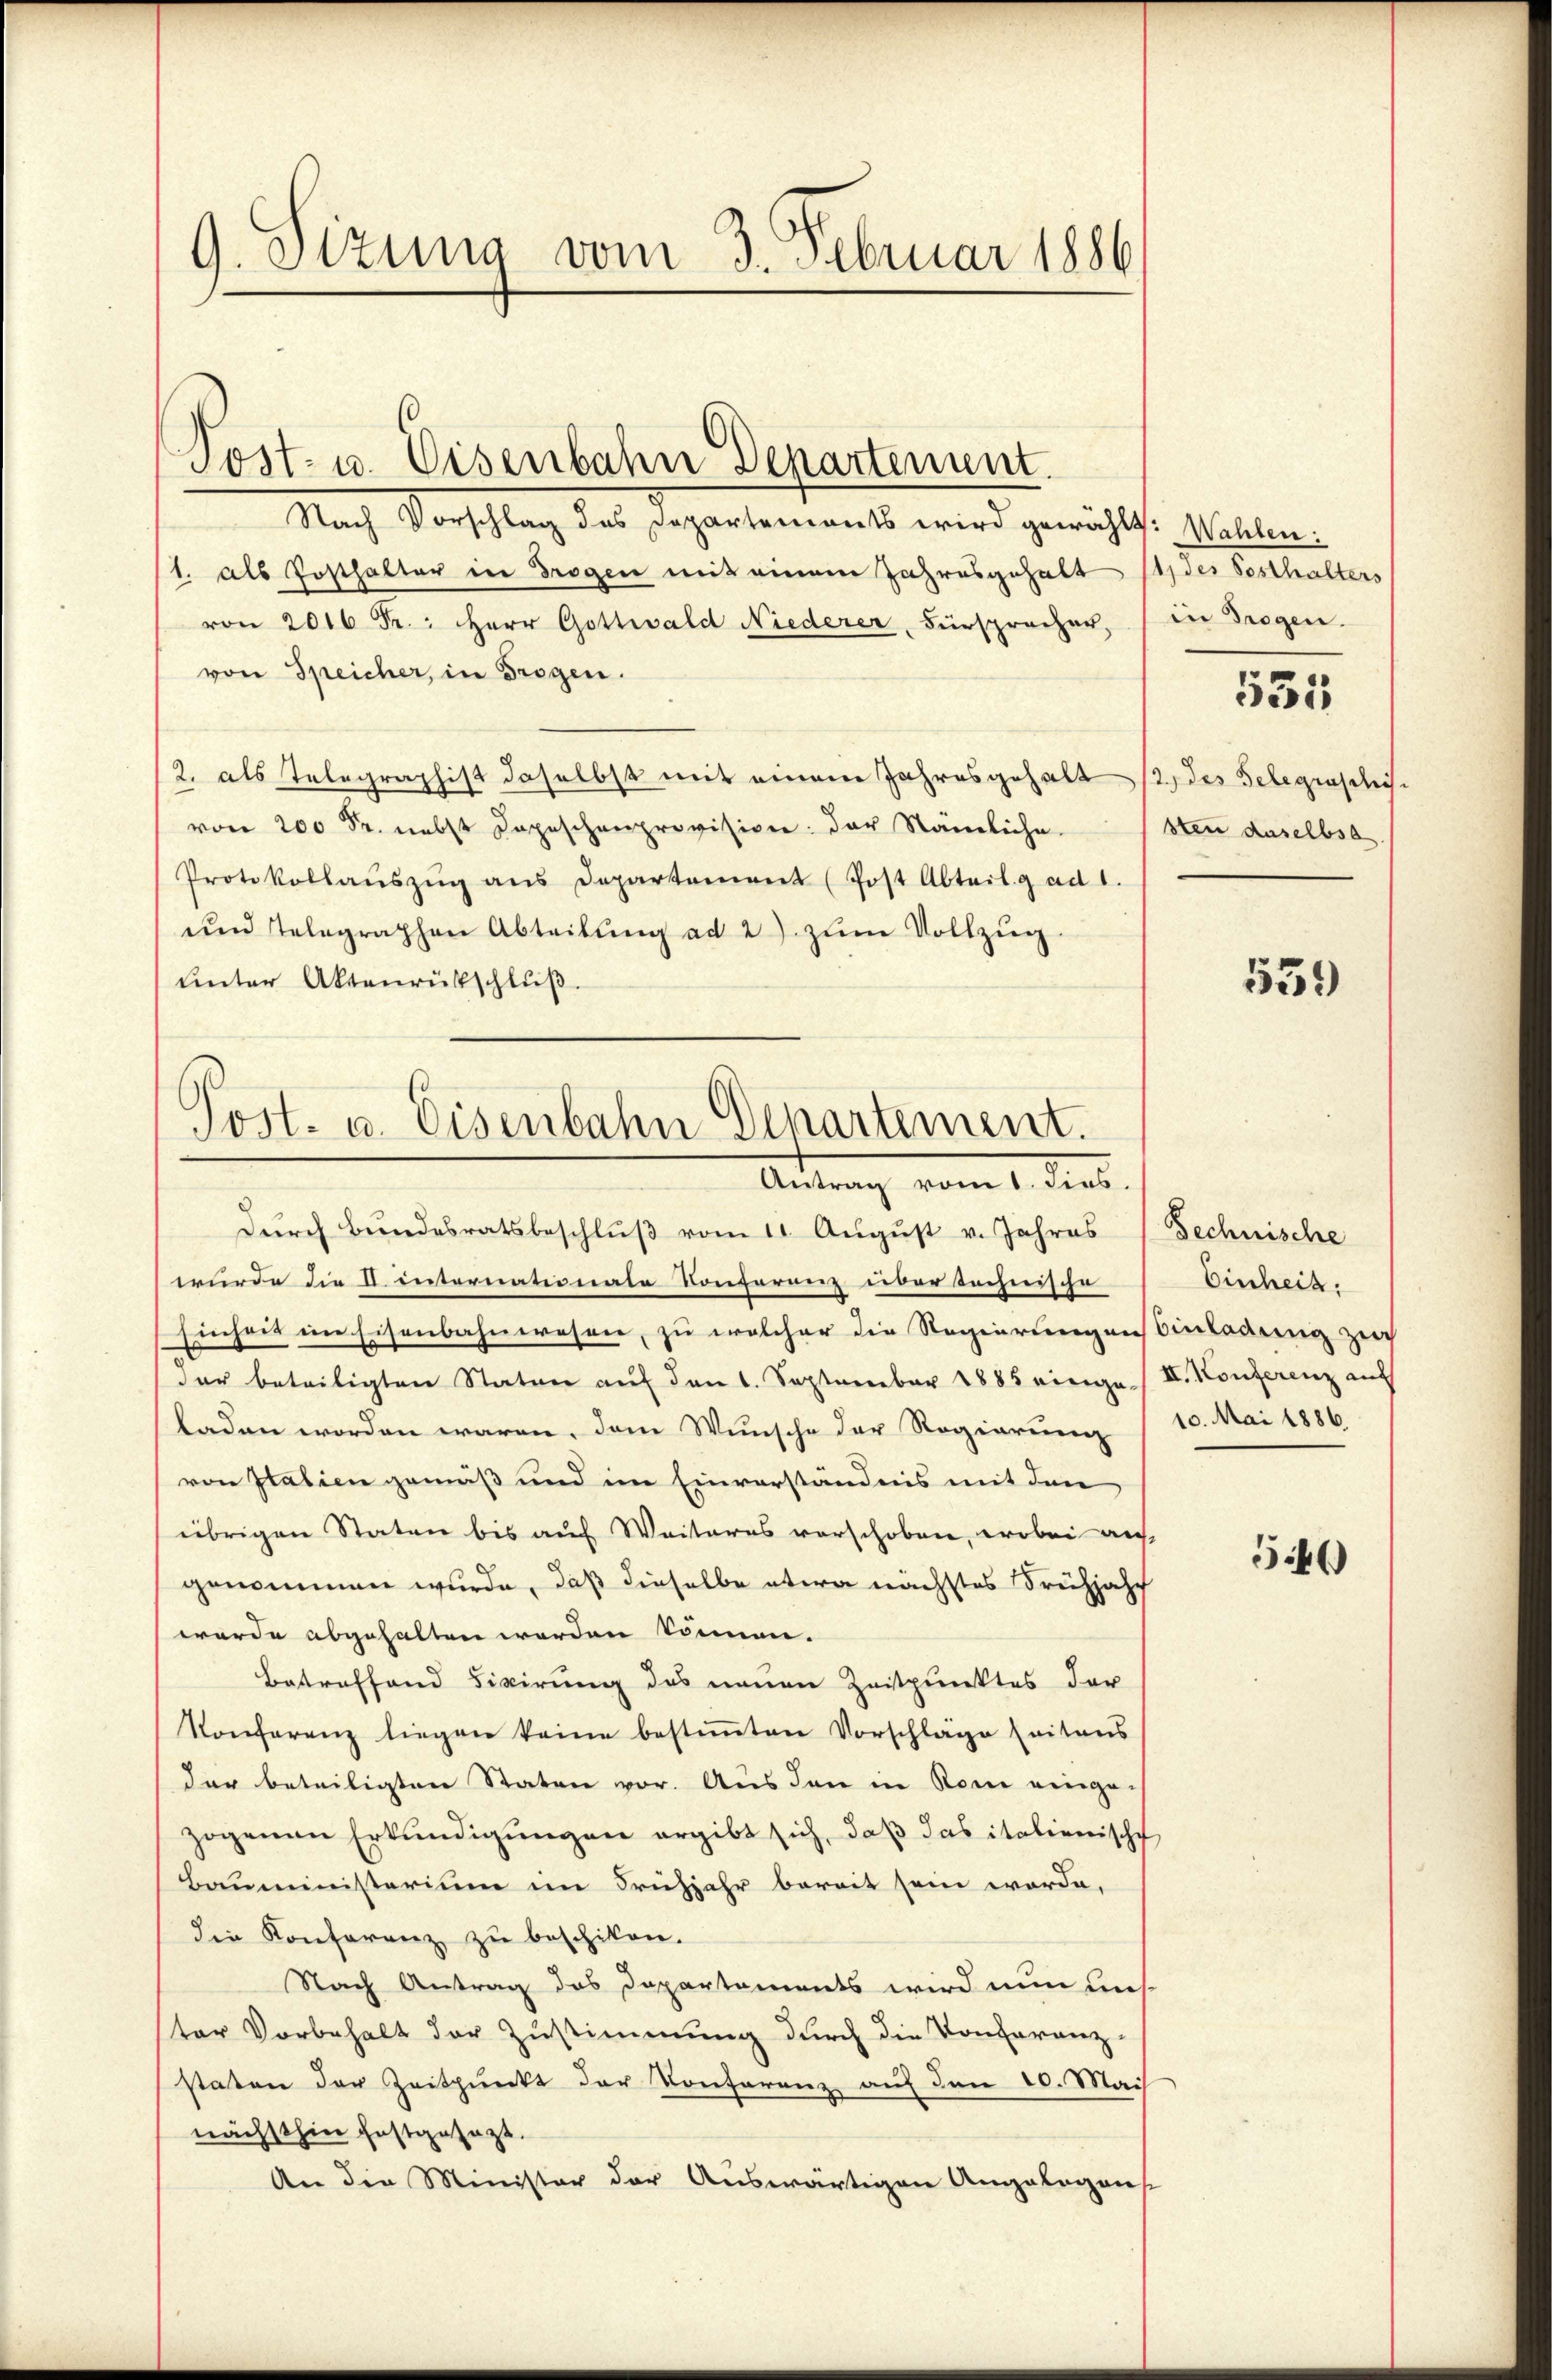
G. Otzung vom 3. Februar 1886

Post- u. Eisenbahn Departement.
Nach Vorschlag des Departemonts wird gewählt. Wahlen:
1. als Posthalter in Trogen mit einem Jahresgehalt des Sosthalters
von 2016 Fr.: Herr Gottwald Niederer, Fürspracher, (in Trogen.
von Speicher, in Trogen.
2. als Telegraphist daselbst mit einem Jahresgehalt des Telegraschis
von 200 Sr. nebst Depeschenprovision: der Nämliche
Protokollaŭszŭg ans Departement (Post Abteil. g ad 1.
und Telegraphen Abteilŭng ad 2. zŭm Vollzŭg.
unter Aktenrückschluß.

Post- u. Eisenbahn Departement.
Antrag vom 1. dies.

sten daselbsa

durch Bundesratsbeschluß vom 11. August v. Jahres (Technische
wurde die I. internationate Conferenz über technische
Einheit im Eisenbahnwesen, zu welcher die Regierungeneinladung ziech
der beteiligten Staten auf den 1. September 1885 einge II. Konferenz auf
laden worden waren, dem Wunsche der Regierung
von Italien gemäß und im Einverständnis mit den
übrigen Staten bis auf Weiteres vorschoben, wobei auf
genommen wurde, daß dieselbe etwa nächstes Frühjahr
werde abgehalten werden können.
Betreffend Fixirung des neuen Zeitpunktes der
Konferenz liegen keine bestiṁten Vorschläge leitens
der beteiligten Staten vor. Aus den in Rom einge-
zogenen Erkundigungen ergibt sich, daß das italienische
Bauministerium im Frühjahr bereit sein werde,
die Konferenz zu beschikon.
Nach Antrag das Departements wird nun uns.
ter Vorbehalt der Zustimmung durch die Konferanz-
staten der Zeitpunkt der Konferenz auf den 10. Mai
nächsthin festgesezt.
An die Minister der Auswärtigen Angelegens

Einheit.
10. Mai 1886.

531

559

566